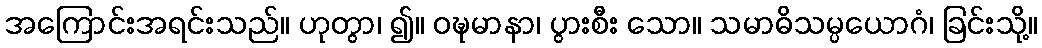
အကြောင်းအရင်းသည်။ ဟုတွာ၊ ၍။ ဝဍ္ဎမာနာ၊ ပွားစီး သော။ သမာဓိသမ္ပယောဂံ၊ ခြင်းသို့။